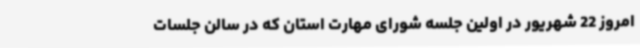
امروز 22 شهریور در اولین جلسه شورای مهارت استان که در سالن جلسات